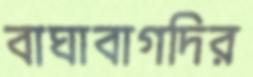
বাঘাবাগদির